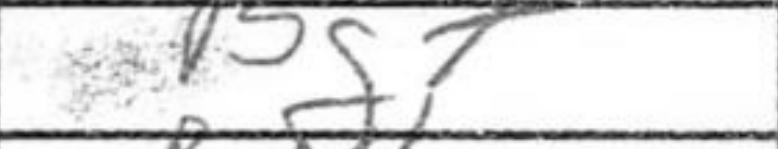
Transcription: Bg7